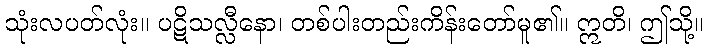
သုံးလပတ်လုံး။ ပဋိသလ္လီနော၊ တစ်ပါးတည်းကိန်းတော်မူ၏။ ဣတိ၊ ဤသို့။